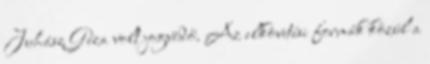
Juhász Géza volt jogvédő. Az elkövetési formák közül a